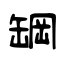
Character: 罁